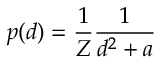
p ( d ) = \frac { 1 } { Z } \frac { 1 } { d ^ { 2 } + a }